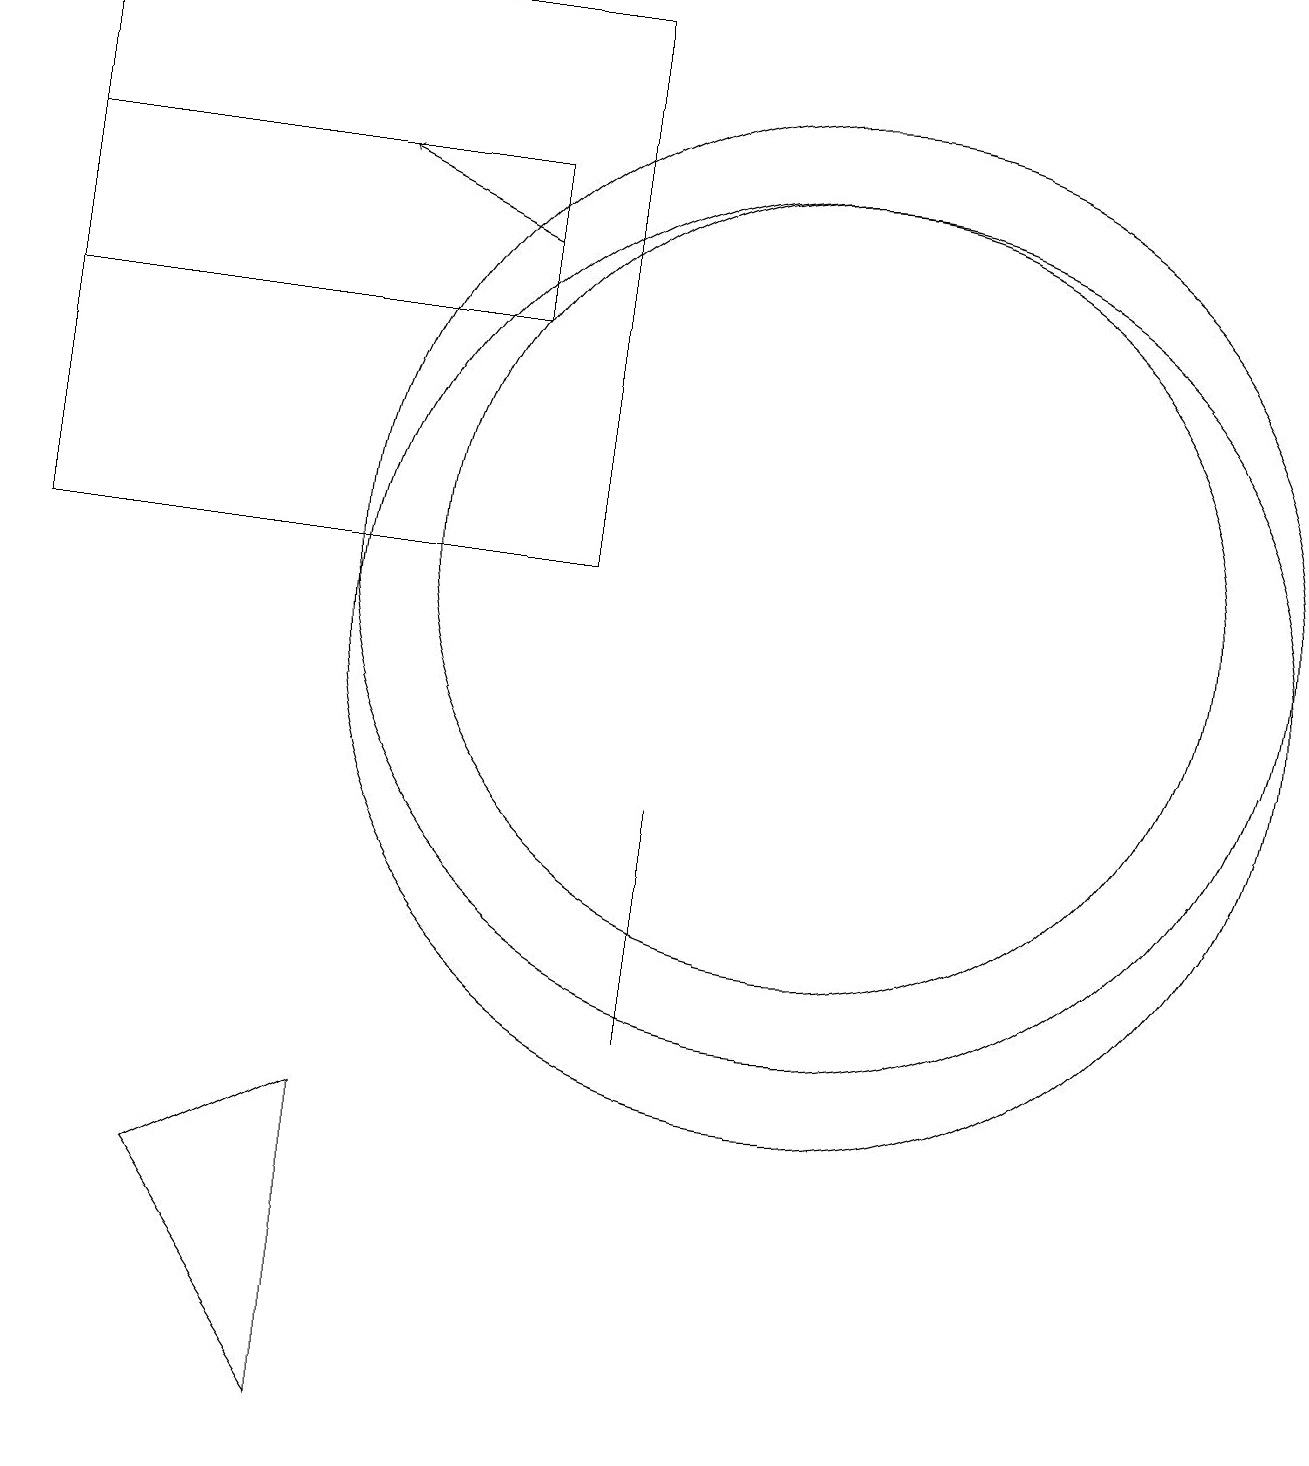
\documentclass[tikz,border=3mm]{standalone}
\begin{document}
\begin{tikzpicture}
\draw[->] (7,15) -- (5,16);
\draw (11,11) circle (6);
\draw (11,10) circle (6);
\draw (9,7) -- (9,8) -- (9,5) -- cycle;
\draw (5,0) -- (3,3) -- (5,4) -- cycle;
\draw (1,16) rectangle (7,14);
\draw (11,11) circle (5);
\draw (8,18) rectangle (1,11);
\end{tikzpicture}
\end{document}